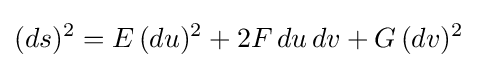
(ds)^{2}=E\,(du)^{2}+2F\,du\,dv+G\,(dv)^{2}